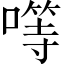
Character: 𠾡